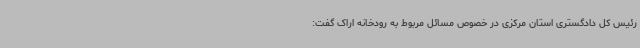
رئیس کل دادگستری استان مرکزی در خصوص مسائل مربوط به رودخانه اراک گفت: